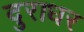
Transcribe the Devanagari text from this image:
दुराधर